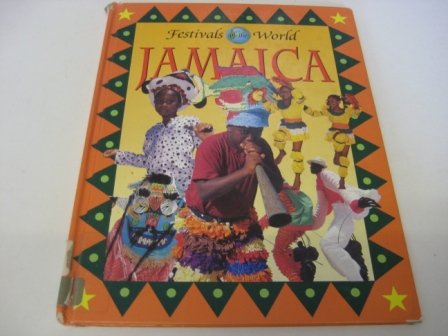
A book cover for Festivals of the World: Jamaica (Festivals of the World); Bob Barlas; Children's Books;